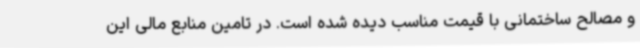
و مصالح ساختمانی با قیمت مناسب دیده شده است. در تامین منابع مالی این